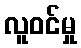
လူဝင်မှု